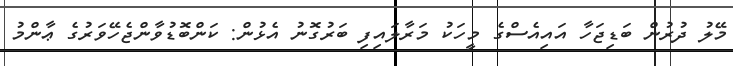
މޭލު ދުރުން ބަޑިޖަހާ އައިއެސްގެ މީހަކު މަރާލައިފި ބަރުގޮނު އެޅުން: ކަންބޮޑުވާންޖެހޭވަރުގެ ޢާންމު